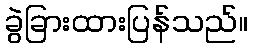
ခွဲခြားထားပြန်သည်။